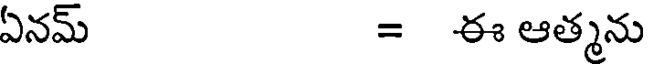
ఏనమ్ = ఈ ఆత్మను